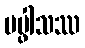
ပပ္ဖါသဿ